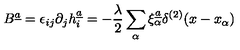
B ^ { \underline { { a } } } = \epsilon _ { i j } \partial _ { j } h _ { i } ^ { \underline { { a } } } = - { \frac { \lambda } { 2 } } \sum _ { \alpha } \xi _ { \alpha } ^ { \underline { { a } } } \delta ^ { ( 2 ) } ( x - x _ { \alpha } )